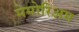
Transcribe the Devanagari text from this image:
मेमोरिअम